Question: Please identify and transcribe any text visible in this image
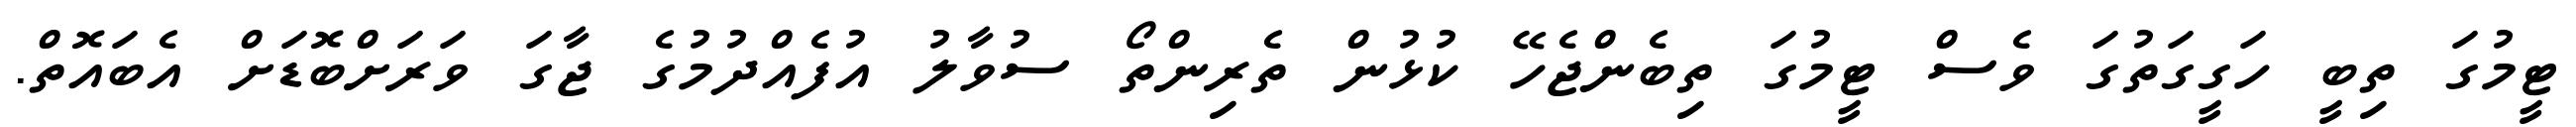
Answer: ޓީމުގަ ތިބީ ހަގީގަތުގަ ވެސް ޓީމުގަ ތިބެންޖެހޭ ކުޅުން ތެރިންތޯ ސުވާލު އުފެއްދުމުގެ ޖާގަ ވަރަށްބޮޑަށް އެބައޮތް.